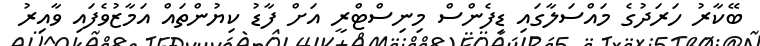
ބޭކާރު ހަރަދުގެ މައްސަލާގައި ޑިފެންސް މިނިސްޓްރީ އަށް ފާޑު ކިޔުންތައް އަމާޒުވެފައި ވާއިރު